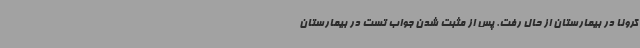
کرونا در بیمارستان از حال رفت. پس از مثبت شدن جواب تست در بیمارستان